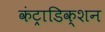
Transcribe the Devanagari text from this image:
कंट्राडिक्शन